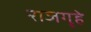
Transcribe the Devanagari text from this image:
राजगृहे